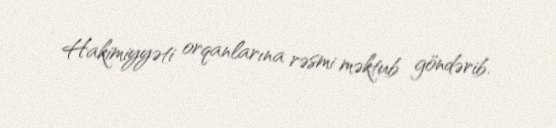
Hakimiyyəti orqanlarına rəsmi məktub göndərib.